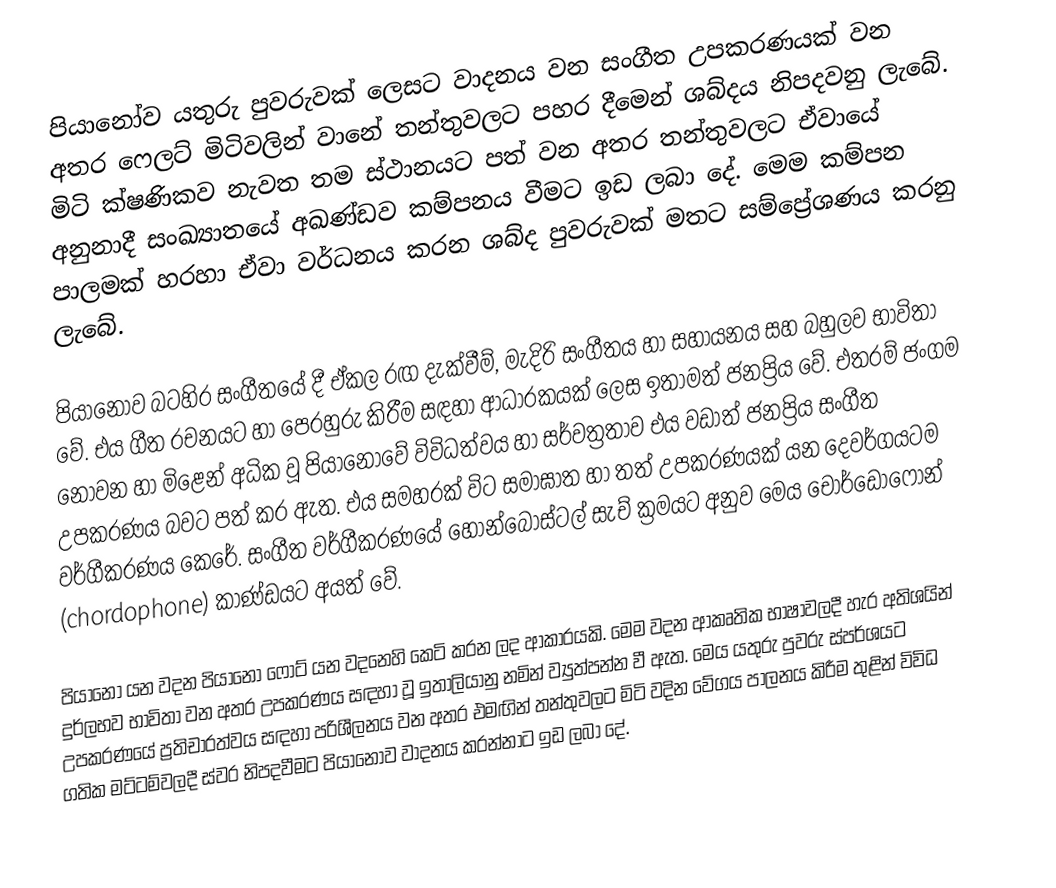
පියානෝව යතුරු පුවරුවක් ලෙසට වාදනය වන සංගීත උපකරණයක් වන අතර ෆෙලට් මිටිවලින් වානේ තන්තුවලට පහර දීමෙන් ශබ්දය නිපදවනු ලැබේ. මිටි ක්ෂණිකව නැවත තම ස්ථානයට පත් වන අතර තන්තුවලට ඒවායේ අනුනාදී සංඛ්‍යාතයේ අඛණ්ඩව කම්පනය වීමට ඉඩ ලබා දේ. මෙම කම්පන පාලමක් හරහා ඒවා වර්ධනය කරන ශබ්ද පුවරුවක් මතට සම්ප්‍රේශණය කරනු ලැබේ.

පියානෝව බටහිර සංගීතයේ දී ඒකල රඟ දැක්වීම්, මැදිරි සංගීතය හා සහායනය සහ බහුලව භාවිතා වේ. එය ගීත රචනයට හා පෙරහුරු කිරීම සඳහා ආධාරකයක් ලෙස ඉතාමත් ජනප්‍රිය වේ. එතරම් ජංගම නොවන හා මිළෙන් අධික වූ පියානෝවේ විවිධත්වය හා සර්වත්‍රතාව එය වඩාත් ජනප්‍රිය සංගීත උපකරණය බවට පත් කර ඇත. එය සමහරක් විට සමාඝාත හා තත් උපකරණයක් යන දෙවර්ගයටම වර්ගීකරණය කෙරේ. සංගීත වර්ගීකරණයේ හෝන්බොස්ටල් සැච් ක්‍රමයට අනුව මෙය චෝර්ඩොෆෝන් (chordophone) කාණ්ඩයට අයත් වේ.

පියානෝ යන වදන පියානෝ ෆෝට් යන ව‍දනෙහි කෙටි කරන ලද ආකාරයකි. මෙම වදන ආකෘතික භාෂාවලදී හැර අතිශයින් දුර්ලභව භාවිතා වන අතර උපකරණය සඳහා වූ ඉතාලියානු නමින් ව්‍යුත්පන්න වී ඇත. මෙය යතුරු පුවරු ස්පර්ශයට උපකරණයේ ප්‍රතිචාරත්වය සඳහා පරිශීලනය වන අතර එමඟින් තන්තුවලට මිටි වදින වේගය පාලනය කිරීම තුළින් විවිධ ගතික මට්ටම්වලදී ස්වර නිපදවීමට පියානෝව වාදනය කරන්නාට ඉඩ ලබා දේ.